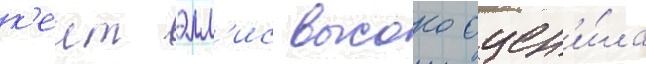
к'еит элл'ис высоко оцен'и́ла